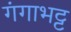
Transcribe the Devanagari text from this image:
गंगाभट्ट